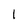
Character: 1